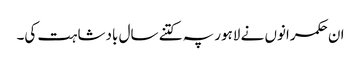
ان حکمرانوں نے لاہور پہ کتنے سال بادشاہت کی۔